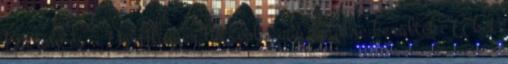
Lützow és a Derfflinger lőtávolságán belülre kerültek. A két